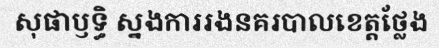
សុផាឫទ្ធិ ស្នងការរងនគរបាលខេត្តថ្លែង